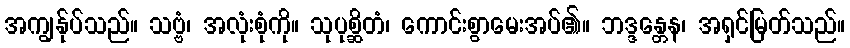
အကျွန်ုပ်သည်။ သဗ္ဗံ၊ အလုံးစုံကို။ သုပုစ္ဆိတံ၊ ကောင်းစွာမေးအပ်၏။ ဘဒ္ဒန္တေန၊ အရှင်မြတ်သည်။